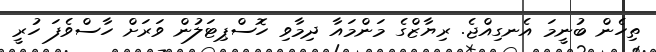
ތިހެން ބުނީމަ އެނގިއްޖެ. ރިޔާޒްގެ މަންމައާ ދިމާވި ހޮސްޕިޓަލުން ވަރަށް ހާސްވެފަ ހުރީ